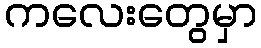
ကလေးတွေမှာ